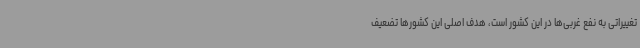
تغییراتی به نفع غربی‌ها در این کشور است، هدف اصلی این کشورها تضعیف